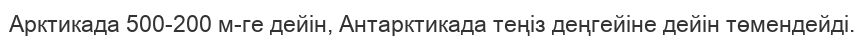
Арктикада 500-200 м-ге дейін, Антарктикада теңіз деңгейіне дейін төмендейді.